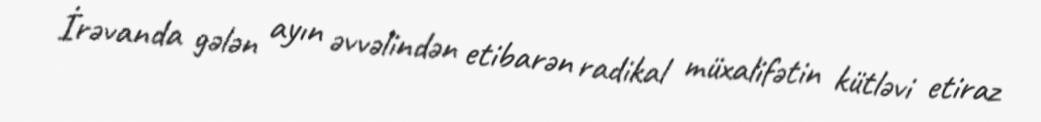
İrəvanda gələn ayın əvvəlindən etibarən radikal müxalifətin kütləvi etiraz